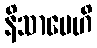
နိသာမေဟိ